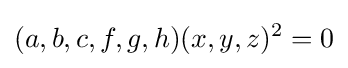
(a,b,c,f,g,h)(x,y,z)^{2}=0